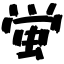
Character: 蛍